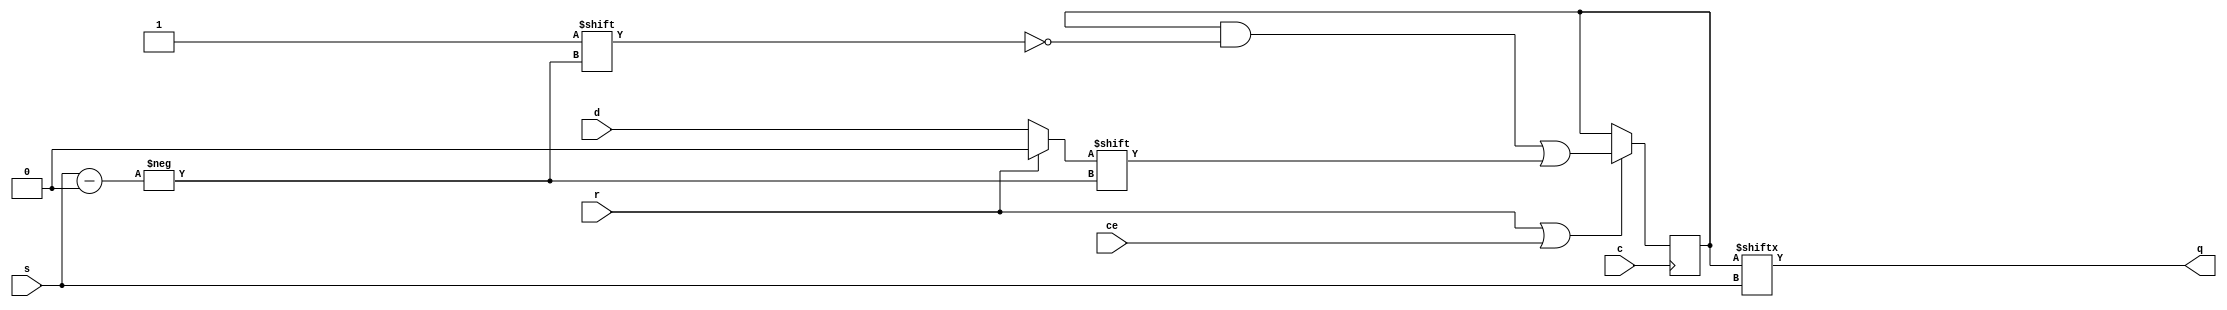
module t64
(
	input c,          // clock
	input ce,         // clock enable
	input [5:0] s,    // select
	input r,          // sync. reset
	input d,          // data in
	output q          // data out
);

	reg [63:0] mem;
	assign q = mem[s];
	
	
	initial begin
		mem <= 0;
	end
	
	always@(posedge c) begin
	
		if(r | ce) begin
			mem[s] <= r ? 0 : d;  // reset
		end 
	
	end


endmodule